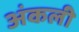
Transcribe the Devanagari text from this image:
अंकली